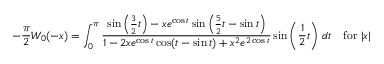
- { \frac { \pi } { 2 } } W _ { 0 } ( - x ) = \int _ { 0 } ^ { \pi } { \frac { \sin \left( { \frac { 3 } { 2 } } t \right) - x e ^ { \cos t } \sin \left( { \frac { 5 } { 2 } } t - \sin t \right) } { 1 - 2 x e ^ { \cos t } \cos ( t - \sin t ) + x ^ { 2 } e ^ { 2 \cos t } } } \sin \left( { \frac { 1 } { 2 } } t \right) \, d t \quad { \mathrm { f o r ~ } } | x |